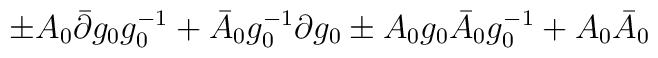
\pm  A_0\bar{\partial}g_0g_0^{-1}+\bar{A}_0 g_0^{-1}\partial g_0 \pm  A_0g_0\bar{A}_0g_0^{-1} + A_0 \bar A_0